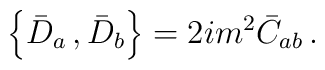
\left\{\bar D_{a}\, , \bar D_{b} \right\}= 2im^2\bar C_{ab} \, .